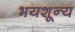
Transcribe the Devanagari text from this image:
भयशून्य